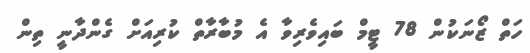
ހަތް ޒޯނަކުން 78 ޓީމް ބައިވެރިވާ އެ މުބާރާތް ކުރިއަށް ގެންދާނީ ތިން